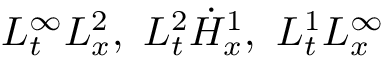
L _ { t } ^ { \infty } L _ { x } ^ { 2 } , \ L _ { t } ^ { 2 } \dot { H } _ { x } ^ { 1 } , \ L _ { t } ^ { 1 } L _ { x } ^ { \infty }